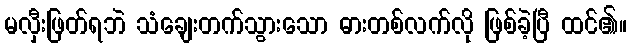
မလှီးဖြတ်ရဘဲ သံချေးတက်သွားသော ဓားတစ်လက်လို ဖြစ်ခဲ့ပြီ ထင်၏။